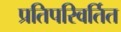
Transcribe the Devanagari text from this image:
प्रतिपरिवर्तित